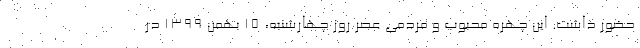
حضور داشت. این چهره محبوب و مردمی عصر روز چهارشنبه، 15 بهمن 1399 در